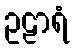
ဥဠာရံ